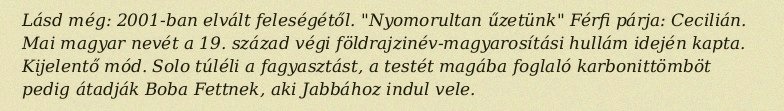
Lásd még: 2001-ban elvált feleségétől. "Nyomorultan űzetünk" Férfi párja: Cecilián. Mai magyar nevét a 19. század végi földrajzinév-magyarosítási hullám idején kapta. Kijelentő mód. Solo túléli a fagyasztást, a testét magába foglaló karbonittömböt pedig átadják Boba Fettnek, aki Jabbához indul vele.